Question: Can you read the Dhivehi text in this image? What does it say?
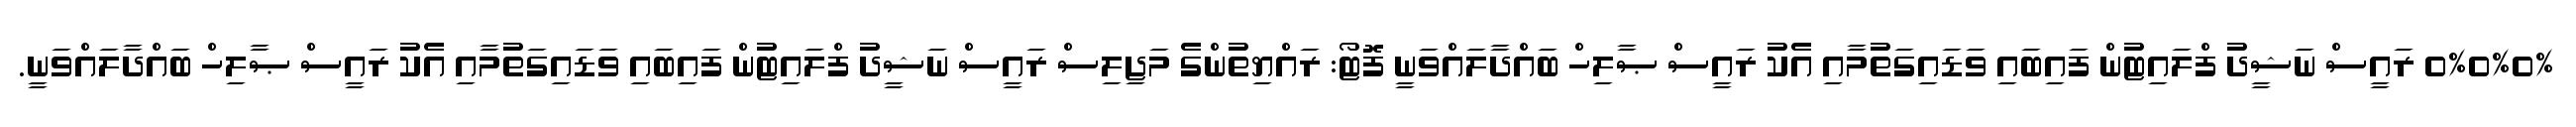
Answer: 0%0%0% ރައީސް ނަޝީދު ފްލައިޓުން ފައިބައި ވަޑައިގަތުމާއި އެކު ރައީސް ޞާލިހް ބައްދާލައްވަނީ ފޮޓޯ: ރައްޔިތުންގެ މަޖިލިސް ރައީސް ނަޝީދު ފްލައިޓުން ފައިބައި ވަޑައިގަތުމާއި އެކު ރައީސް ޞާލިހް ބައްދާލައްވަނީ.